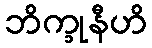
ဘိက္ခုနီဟိ